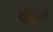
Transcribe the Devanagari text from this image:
काेने